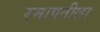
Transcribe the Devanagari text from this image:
रमापतीला